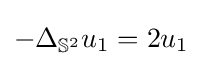
-\Delta _{\mathbb {S} ^{2}}u_{1}=2u_{1}